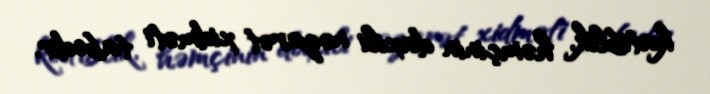
katiblik, həmçinin daxili nəzarət xidməti tabedir.